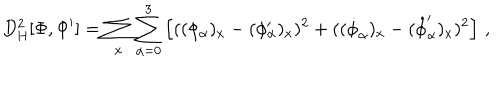
D _ { \mathrm { H } } ^ { 2 } [ \Phi , \Phi ^ { \prime } ] = \sum _ { x } \sum _ { \alpha = 0 } ^ { 3 } \left[ ( ( \phi _ { \alpha } ) _ { x } - ( \phi _ { \alpha } ^ { \prime } ) _ { x } ) ^ { 2 } + ( ( \dot { \phi } _ { \alpha } ) _ { x } - ( \dot { \phi } _ { \alpha } ^ { \prime } ) _ { x } ) ^ { 2 } \right] \, ,